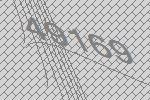
49169